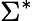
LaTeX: \Sigma^{*}